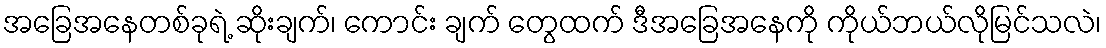
အခြေအနေတစ်ခုရဲ့ ဆိုးချက်၊ ကောင်း ချက် တွေထက် ဒီအခြေအနေကို ကိုယ်ဘယ်လိုမြင်သလဲ၊